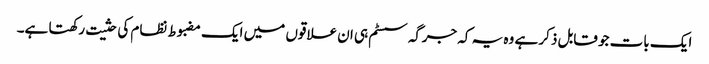
ایک بات جو قابل ذکر ہے وہ یہ کہ جرگہ سسٹم ہی ان علاقوں میں ایک مضبوط نظام کی حثیت رکھتا ہے۔